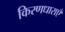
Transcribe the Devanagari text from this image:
किरणधाराएँ